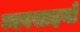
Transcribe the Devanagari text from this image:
व्यवसाइयों